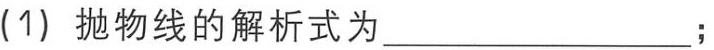
(1) 抛物线的解析式为________________；